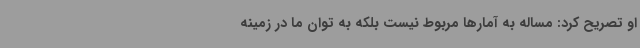
او تصریح کرد: مساله به آمارها مربوط نیست بلکه به توان ما در زمینه